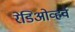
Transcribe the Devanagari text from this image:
रेडिओव्हर्व